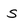
Character: s